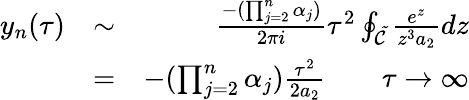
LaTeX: \begin{array}{rlr}{y_{n}(\tau)}&{\sim}&{\frac{-(\prod_{j=2}^{n}\alpha_{j})}{2\pi i}\tau^{2}\oint_{\cal\tilde{C}}\frac{e^{z}}{z^{3}a_{2}}dz}\\ &{=}&{-(\prod_{j=2}^{n}\alpha_{j})\frac{\tau^{2}}{2a_{2}}\qquad\tau\rightarrow\infty}\end{array}